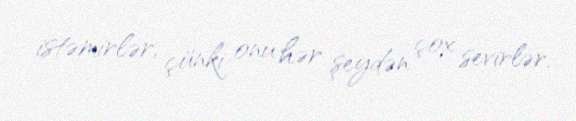
istəmirlər, çünki onu hər şeydən çox sevirlər.